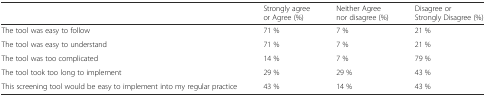
<table><thead><tr><td></td><td><b>Strongly agree or Agree (%)</b></td><td><b>Neither Agree nor disagree (%)</b></td><td><b>Disagree or Strongly Disagree (%)</b></td></tr></thead><tbody><tr><td>The tool was easy to follow</td><td>71 %</td><td>7 %</td><td>21 %</td></tr><tr><td>The tool was easy to understand</td><td>71 %</td><td>7 %</td><td>21 %</td></tr><tr><td>The tool was too complicated</td><td>14 %</td><td>7 %</td><td>79 %</td></tr><tr><td>The tool took too long to implement</td><td>29 %</td><td>29 %</td><td>43 %</td></tr><tr><td>This screening tool would be easy to implement into my regular practice</td><td>43 %</td><td>14 %</td><td>43 %</td></tr></tbody></table>